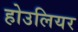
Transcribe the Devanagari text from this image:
होउलियर